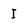
Character: I